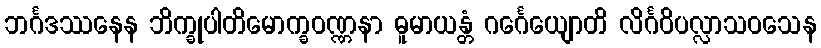
ဘင်္ဂဒဿနေန ဘိက္ခုပါတိမောက္ခဝဏ္ဏနာ ဓူမာယန္တံ ဂင်္ဂေယျောတိ လိင်္ဂဝိပလ္လာသဝသေန